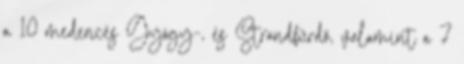
a 10 medencés Gyógy-, és Strandfürdő, valamint a 7